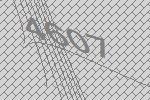
4607